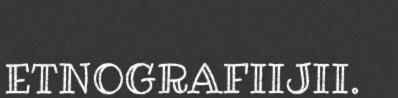
ETNOGRAFIIJII.